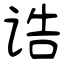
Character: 诰